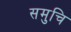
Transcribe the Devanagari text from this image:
समुचि